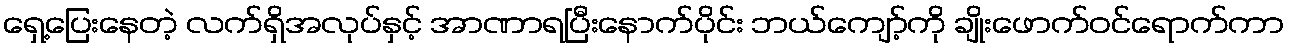
ရှေ့ပြေးနေတဲ့ လက်ရှိအလုပ်နှင့် အာဏာရပြီးနောက်ပိုင်း ဘယ်ကျော့်ကို ချိုးဖောက်ဝင်ရောက်ကာ